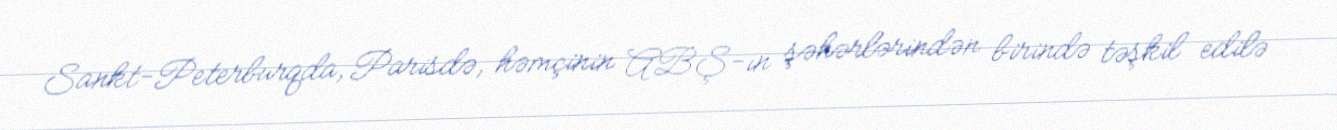
Sankt-Peterburqda, Parisdə, həmçinin ABŞ-ın şəhərlərindən birində təşkil edilə